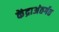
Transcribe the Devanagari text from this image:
केंद्राअंतर्गत